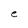
Character: e